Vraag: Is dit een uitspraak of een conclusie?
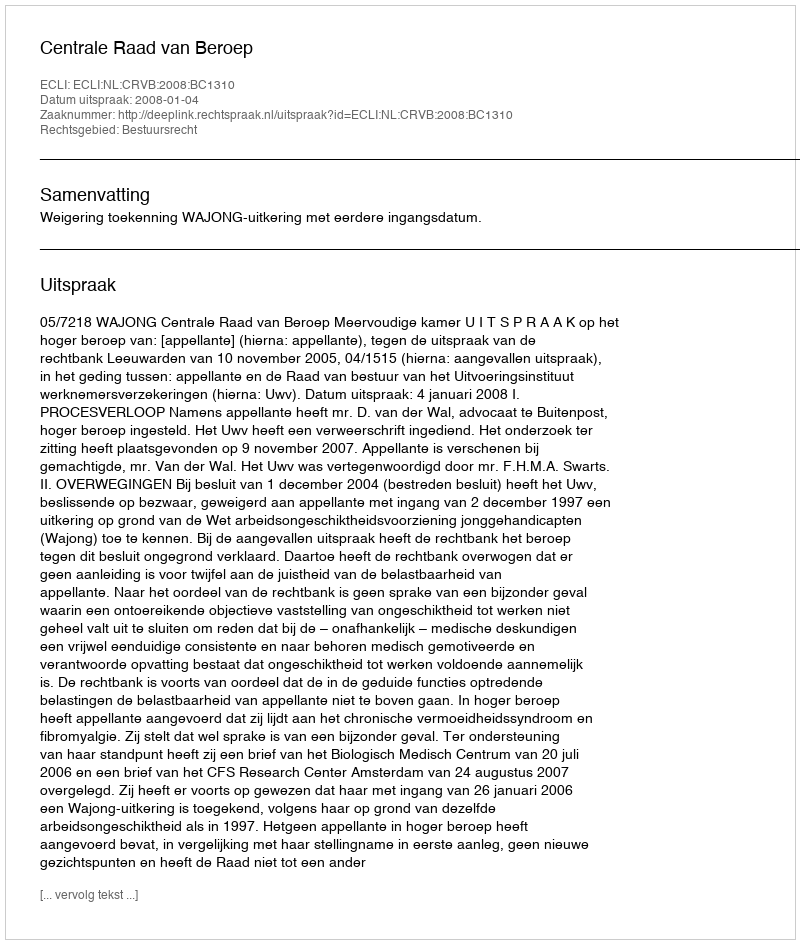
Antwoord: Uitspraak